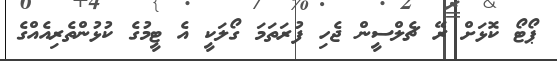
ޕޯޓޯ ކޮޅަށް ރޭ ޗެލްސީން ޖެހި ފުރަތަމަ ގޯލަކީ އެ ޓީމުގެ ކުޅުންތެރިއެއްގެ